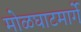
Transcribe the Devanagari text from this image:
मोळघाटमार्गे